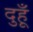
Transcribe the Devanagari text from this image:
दुहूँ